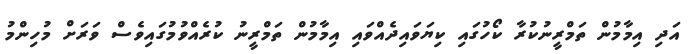
އަދި އިމާމުން ތަމްރީނުކުރާ ކޯހުގައި ކިޔަވައިދެއްވައި އިމާމުން ތަމްރީނު ކުރެއްވުމުގައިވެސް ވަރަށް މުހިންމު